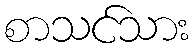
စာသင်သား